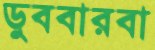
ডুববারবা